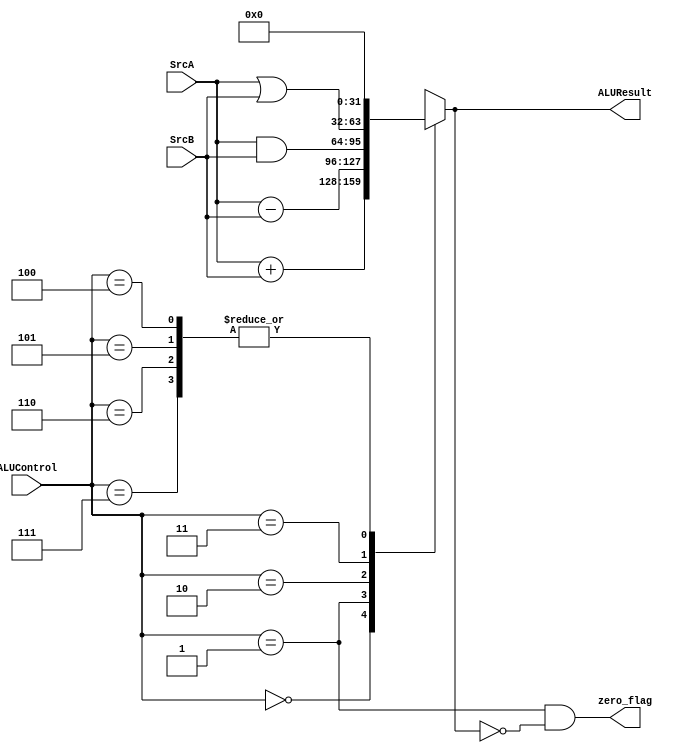
module ALU
(
	input [2 : 0] ALUControl,
	input [31 : 0] SrcA, SrcB,
	output reg [31 : 0] ALUResult,
	output zero_flag
);

always @(*)
begin
	case (ALUControl)
		3'b000 : ALUResult = SrcA + SrcB;	//Addition.
		3'b001 : ALUResult = SrcA - SrcB;	//Subtraction.
		3'b010 : ALUResult = SrcA & SrcB;	//Bitwise AND.
		3'b011 : ALUResult = SrcA | SrcB;	//Bitwise OR.
		3'd4, 3'd5, 3'd6, 3'd7 : ALUResult = 'b0;
	endcase
end

//Zero flag...
assign zero_flag = (ALUControl == 1) && (ALUResult == 0);

endmodule